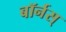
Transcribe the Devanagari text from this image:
बॉर्नस्